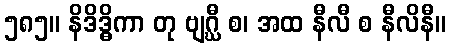
၅၈၅။ နိဒိဒ္ဓိကာ တု ဗျဂ္ဃီ စ၊ အထ နီလီ စ နီလိနီ။